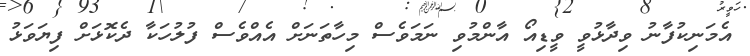
އެމަނިކުފާނު ވިދާޅުވީ ވީޑިއޯ އާންމުވި ނަމަވެސް މިހާތަނަށް އެއްވެސް ފުލުހަކާ ދެކޮޅަށް ފިޔަވަޅު